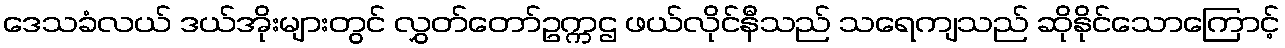
ဒေသခံလယ် ဒယ်အိုးများတွင် လွှတ်တော်ဥက္ကဌ ဖယ်လိုင်နီသည် သရေကျသည် ဆိုနိုင်သောကြောင့်